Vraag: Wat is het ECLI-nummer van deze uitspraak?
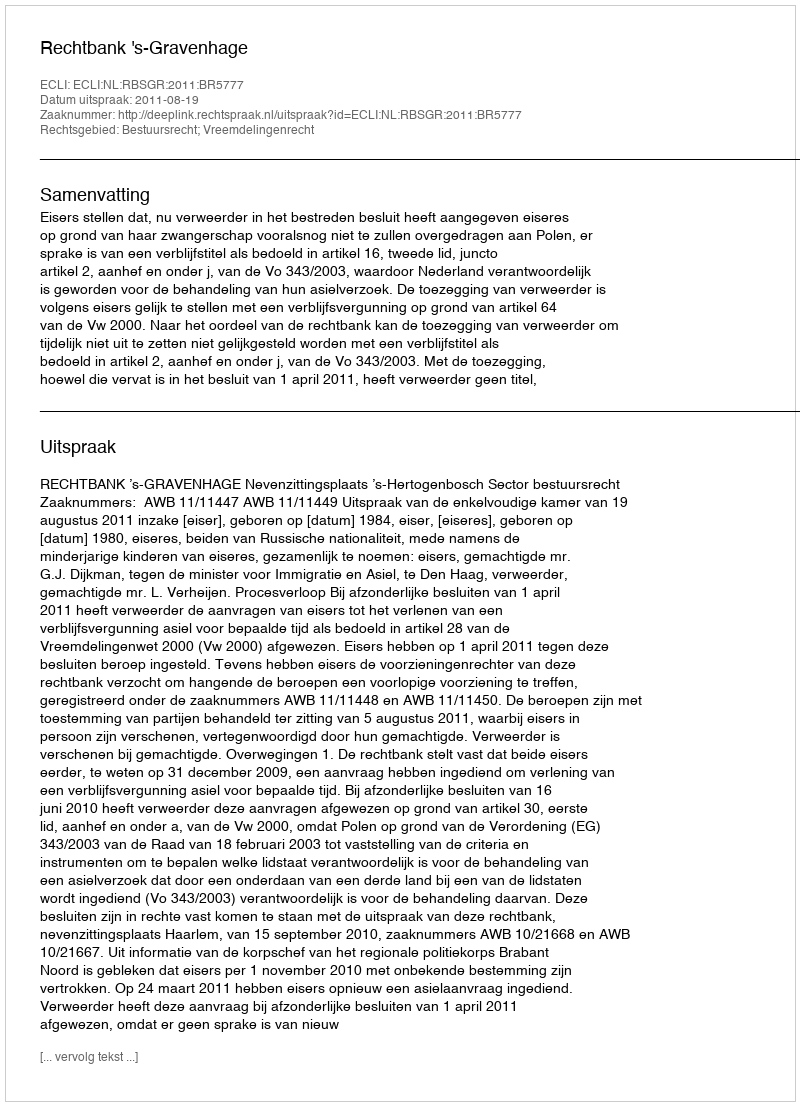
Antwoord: ECLI:NL:RBSGR:2011:BR5777